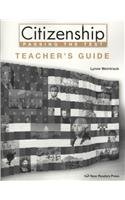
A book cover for Citizenship: Passing the Test; Lynne Weintraub; Test Preparation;